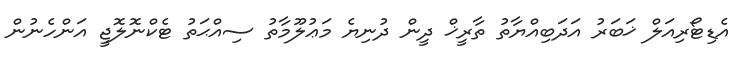
އެޑިޓޯރިއަލް ޚަބަރު އަދަބިއްޔާތު ތާރީޚް ދީން ދުނިޔެ މަޢުލޫމާތު ސިއްޙަތު ޓެކްނޮލޮޖީ އަންހެނުން